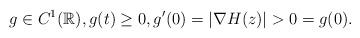
LaTeX: \begin{align*}g\in C^1(\mathbb{R}),g(t)\ge 0,g'(0)=|\nabla H(z)|>0=g(0).\end{align*}